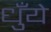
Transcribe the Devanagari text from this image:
धुँये